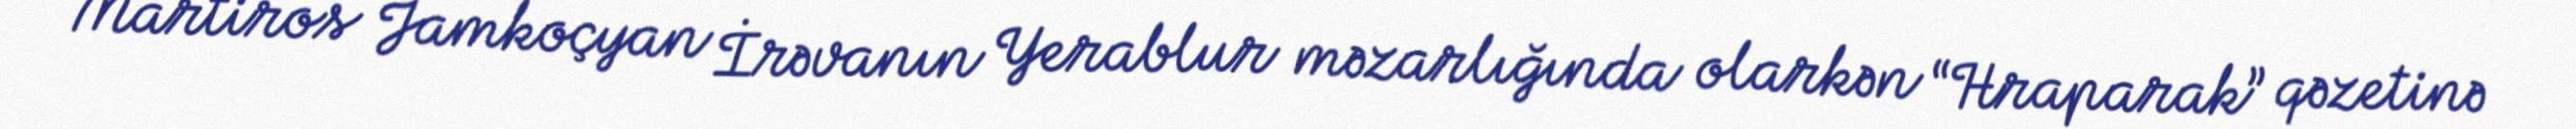
Martiros Jamkoçyan İrəvanın Yerablur məzarlığında olarkən “Hraparak” qəzetinə